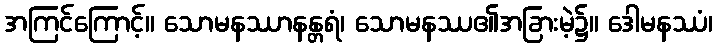
အကြင်ကြောင့်။ သောမနဿာနန္တရံ၊ သောမနဿ၏အခြားမဲ့၌။ ဒေါမနဿံ၊